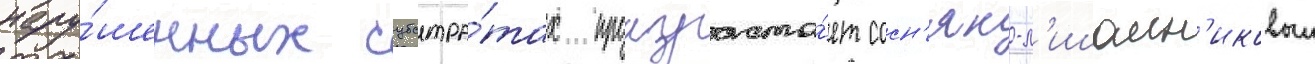
нару́шенных субстра́тах произраста́ет сосн'як-л'ишаин'иковыи